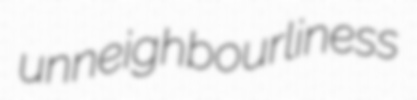
unneighbourliness